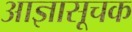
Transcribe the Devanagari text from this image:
आज्ञासूचक